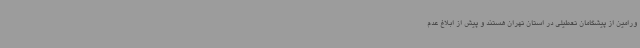
ورامین از پیشگامان تعطیلی در استان تهران هستند و پیش از ابلاغ عدم